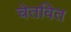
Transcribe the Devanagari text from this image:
चेतवित